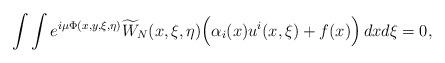
LaTeX: \begin{align*}\int\int e^{i\mu \Phi(x,y,\xi,\eta)} \widetilde{W}_N(x,\xi,\eta)\Big(\alpha_i(x)u^i(x,\xi)+f(x)\Big)\,dx d\xi=0,\end{align*}